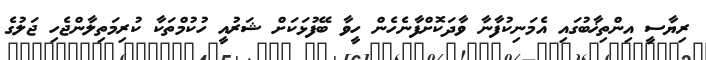
ރިޔާސީ އިންތިޚާބުގައި އެމަނިކުފާނާ ވާދަކޮށްފާނެހެން ހީވާ ބޭފުޅަކަށް ޝަރުއީ ހުކުމްތަކާ ކުރިމަތިލާންޖެހި ޖަލުގެ